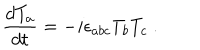
LaTeX: \frac { d T _ { a } } { d t } = - i \epsilon _ { a b c } T _ { b } T _ { c } ~ .